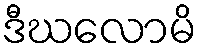
ဒီဃလောမိ